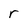
Character: r